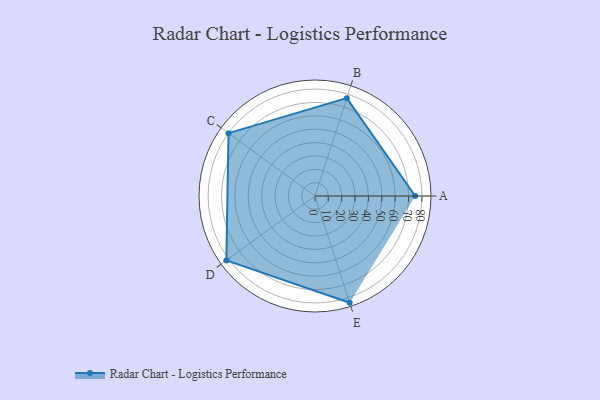
{"axis": {"x": "Skill", "y": "Score"}, "legend": ["Profile"], "data": [{"x": "A", "y": 75.0, "type": "Profile"}, {"x": "B", "y": 77.0, "type": "Profile"}, {"x": "C", "y": 80.0, "type": "Profile"}, {"x": "D", "y": 82.0, "type": "Profile"}, {"x": "E", "y": 84.0, "type": "Profile"}]}